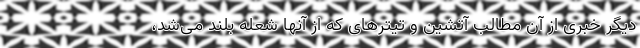
دیگر خبری از آن مطالب آتشین و تیترهای که از آنها شعله بلند می‌شد،